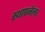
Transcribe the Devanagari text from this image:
स्‍थापनेला